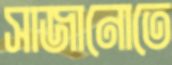
সাজানোতে